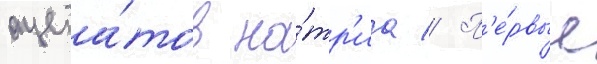
ацета́тов на́тр'иа // П'е́рвые